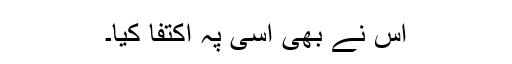
اس نے بھی اسی پہ اکتفا کیا۔